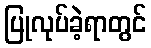
ပြုလုပ်ခဲ့ရာတွင်